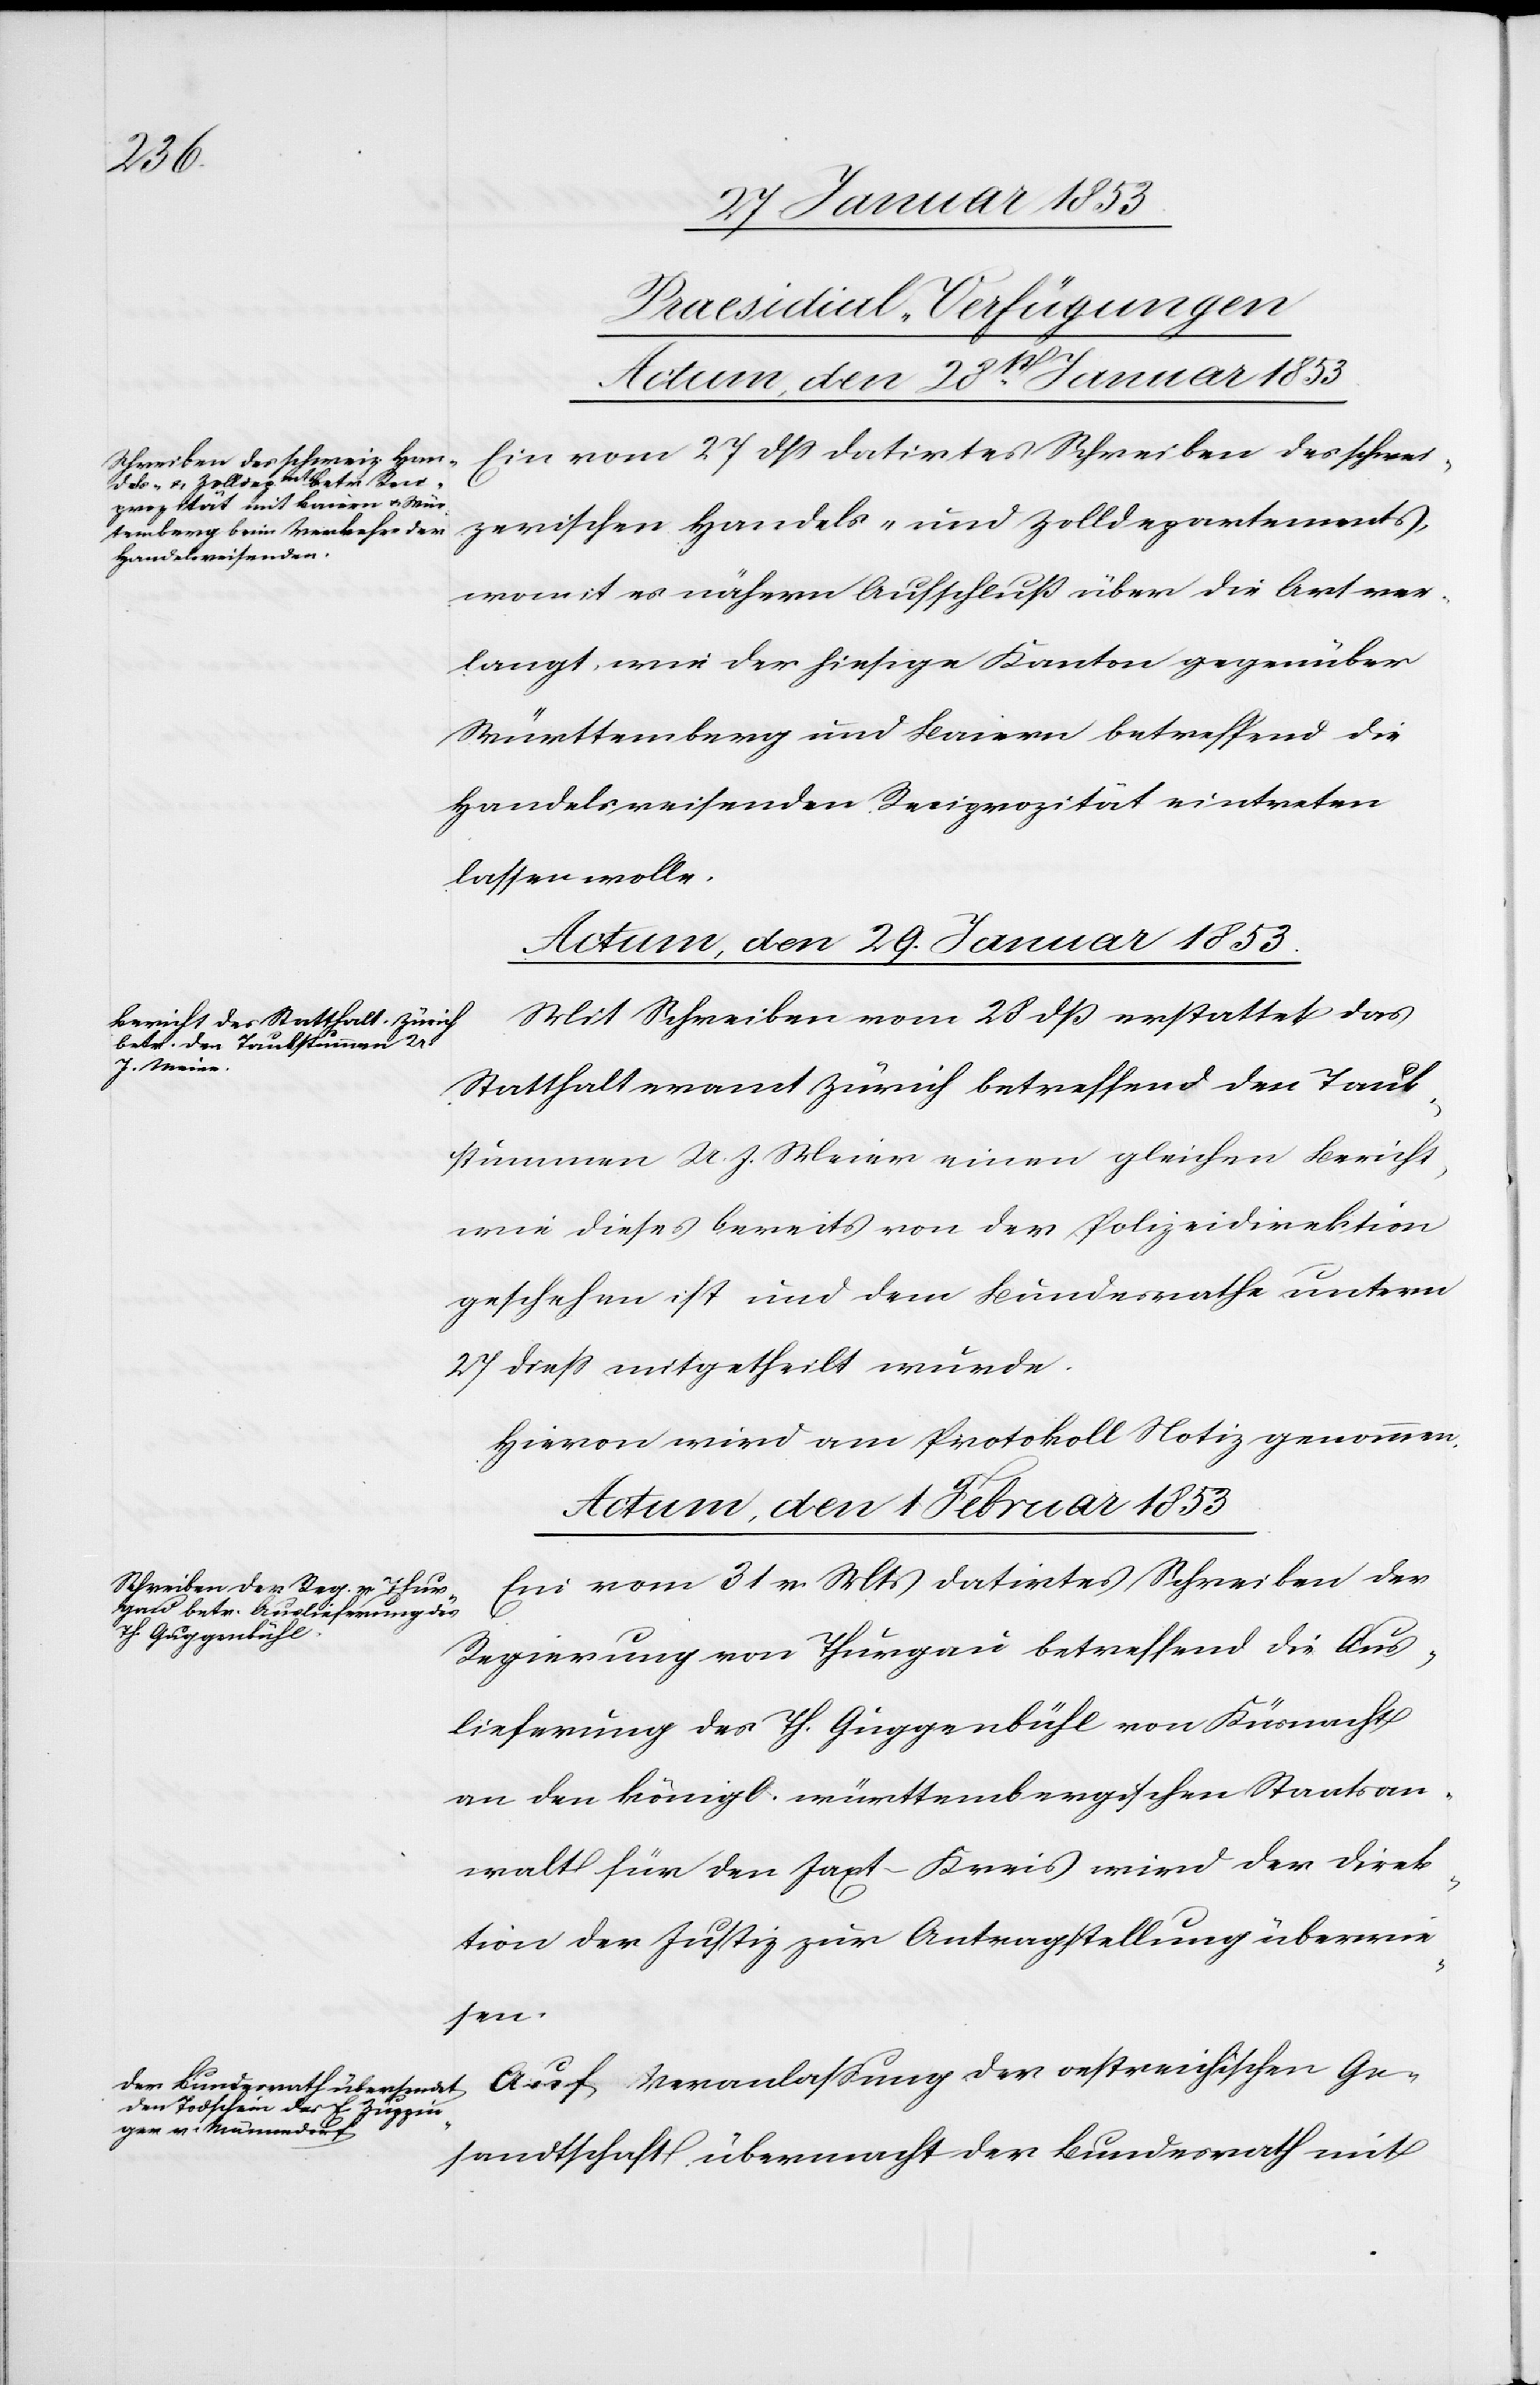
[Praesidial-Verfügungen
Actum, den 28t Januar 1853.
Ein vom 27 dß datirtes Schreiben des schwei¬
zerischen Handels- und Zolldepartements,
womit es nähern Aufschluß über die Art ver¬
langt, wie der hiesige Kanton gegenüber
Württemberg und Baiern betreffend die
Handelsreisenden Reziprozität eintreten
lassen wolle.
Actum, den 29 Januar 1853.
Mit Schreiben vom 28 dß erstattet das
Statthalteramt Zürich betreffend den Taub¬
stummen U. J. Meier einen gleichen Bericht
wie dieses bereits von der Polizeidirektion
geschehen ist und dem Bundesrathe unterm
27 dieß mitgetheilt wurde.
Hievon wird am Protokoll Notiz genommen.
Actum, den 1 Februar 1853]
Ein vom 31 v. Mts. datirtes Schreiben der
Regierung von Thurgau betreffend die Aus¬
lieferung des H. Guggenbühl von Küsnacht
an den königl. württembergischen Staatsan¬
walt für den Jaxt-Kreis wird der Direk¬
tion der Justiz zur Antragstellung überwie¬
sen.
Gesandtschaft übermacht der Bundesrath mit